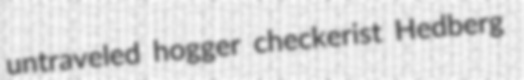
untraveled hogger checkerist Hedberg